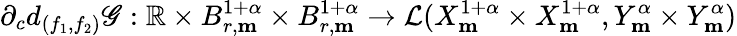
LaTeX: \partial_{c}d_{(f_{1},f_{2})}\mathscr{G}:\mathbb{R}\times B_{r,\mathbf{m}}^{1+\alpha}\times B_{r,\mathbf{m}}^{1+\alpha}\rightarrow\mathcal{L}(X_{\mathbf{m}}^{1+\alpha}\times X_{\mathbf{m}}^{1+\alpha},Y_{\mathbf{m}}^{\alpha}\times Y_{\mathbf{m}}^{\alpha})